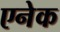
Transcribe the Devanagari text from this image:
एनेक